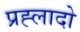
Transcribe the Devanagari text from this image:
प्रह्लादो